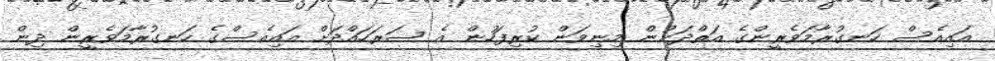
އައިއެސް ހަނގުރާމަވެރީންގެ އަތްދަށުން މިނިވަން ކުރިފަހުން އެ ސަރަހައްދަށް އައިއެސްގެ ހަނގުރާމަވެރީން ދިން